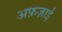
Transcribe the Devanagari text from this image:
अफ़ज़ाई